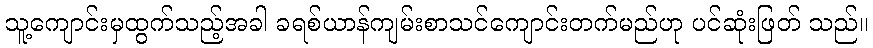
သူ့ကျောင်းမှထွက်သည့်အခါ ခရစ်ယာန်ကျမ်းစာသင်ကျောင်းတက်မည်ဟု ပင်ဆုံးဖြတ် သည်။